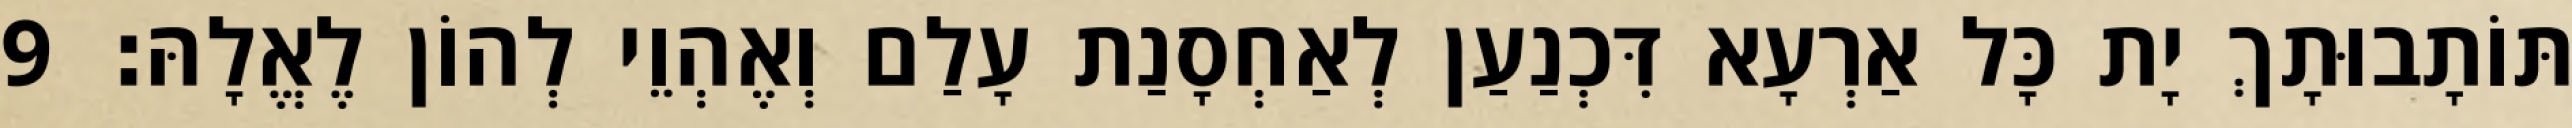
תּוֹתָבוּתָךְ יָת כָּל אַרְעָא דִּכְנַעַן לְאַחְסָנַת עָלַם וְאֶהְוֵי לְהוֹן לֶאֱלָהּ׃ 9